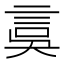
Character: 𧦂